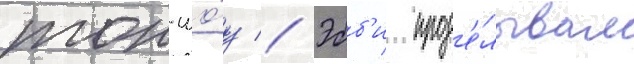
ток-шо́у // Эбб'и прод'е́лывал